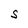
Character: S